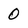
Character: 0